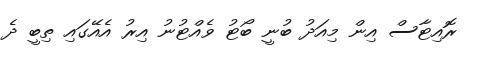
ރޮއިޓާސް އިން މިއަދު ބުނީ ބޯޓު ވެއްޓުނު އިރު އެއޭގައި ތިބީ ދެ